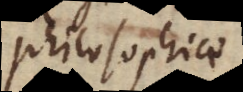
philosophiae